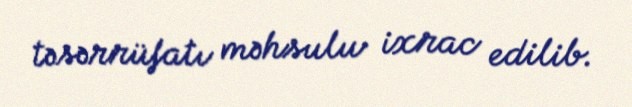
təsərrüfatı məhsulu ixrac edilib.